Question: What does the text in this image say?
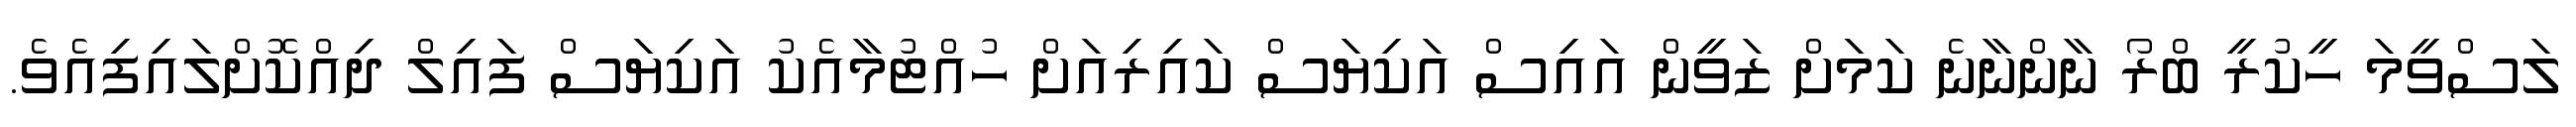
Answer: ލަސްވީމަ ހީކުރީ ބްރޯ ނާންނާނެ ކަމަށް ޒަވީން އައިސް އަކިޔަސް ކައިރިއަށް ހުއްޓުމާއެކު އަކިޔަސް ފައިލް ދިއްކޮށްލައިފިއެވެ.